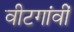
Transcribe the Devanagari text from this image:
वीटगांवीं